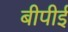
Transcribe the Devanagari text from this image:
बीपीई